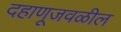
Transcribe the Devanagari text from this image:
दहाणूजवळील